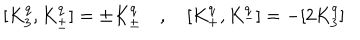
[ K _ { 3 } ^ { q } , K _ { \pm } ^ { q } ] = \pm K _ { \pm } ^ { q } \quad , \quad [ K _ { + } ^ { q } , K _ { - } ^ { q } ] = - [ 2 K _ { 3 } ^ { q } ]